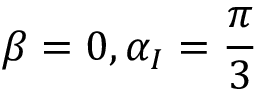
\beta = 0 , \alpha _ { I } = \frac { \pi } { 3 }